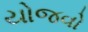
યોજવો